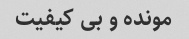
مونده و بى کیفیت